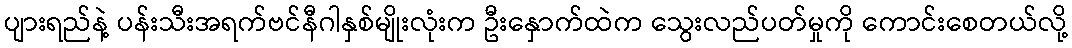
ပျားရည်နဲ့ ပန်းသီးအရက်ဗင်နီဂါနှစ်မျိုးလုံးက ဦးနှောက်ထဲက သွေးလည်ပတ်မှုကို ကောင်းစေတယ်လို့